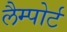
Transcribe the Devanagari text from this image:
लैम्पोर्ट